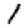
Digit: 1